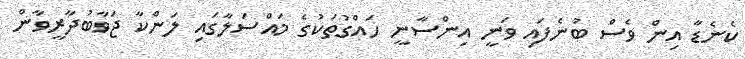
ކެނެޑާ އިން ވެސް ބުނެފައި ވަނީ އިންސާނީ ހައްގުތަކުގެ މައްސަލާގައި ލަންކާ ޖަވާބުދާރީވާން